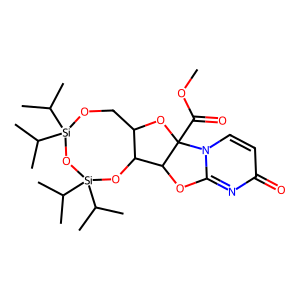
SMILES: COC(=O)C12OC3CO[Si](C(C)C)(C(C)C)O[Si](C(C)C)(C(C)C)OC3C1Oc1nc(=O)ccn12
Inhibits HIV replication: No